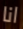
انا